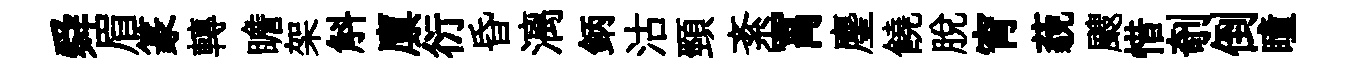
舜眉篆轉瞻架斛廪衍昏漓鈵沽頸紊罥麈饒脫宵藐颼惜剞倒瞳